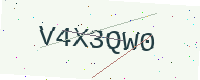
Text: V4X3QW0